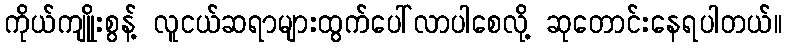
ကိုယ်ကျုုိးစွန့် လူငယ်ဆရာများထွက်ပေါ်လာပါစေလို့ ဆုတောင်းနေရပါတယ်။